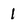
Character: 1